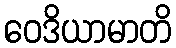
ဝေဒိယာမာတိ